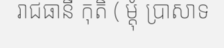
រាជធានី កុតិ ( ម្តុំ ប្រាសាទ